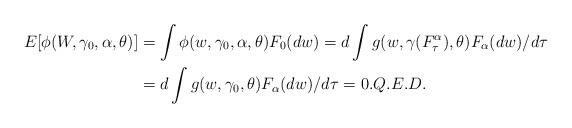
LaTeX: \begin{align*}E[\phi(W,\gamma_{0},\alpha,\theta)] & =\int\phi(w,\gamma_{0},\alpha,\theta)F_{0}(dw)=d\int g(w,\gamma(F_{\tau}^{\alpha}),\theta)F_{\alpha}(dw)/d\tau\\& =d\int g(w,\gamma_{0},\theta)F_{\alpha}(dw)/d\tau=0.Q.E.D.\end{align*}